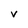
Character: v